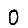
Digit: 0